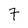
Character: 7